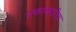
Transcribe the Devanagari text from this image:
एकाकारिता